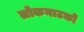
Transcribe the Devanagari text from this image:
लोकनाटकों